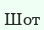
Шот